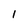
Character: l